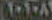
ARCA